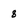
Character: 8